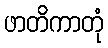
ဖာတိကာတုံ